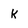
Character: K